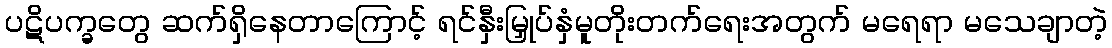
ပဋိပက္ခတွေ ဆက်ရှိနေတာကြောင့် ရင်နှီးမြှုပ်နှံမူတိုးတက်ရေးအတွက် မရေရာ မသေချာတဲ့